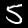
Digit: 5